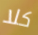
كلا